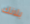
بلانك